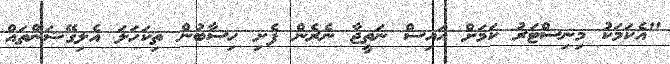
"އެކަމަކު މިނިސްޓަރު ކަމަށް އައިސް ނަތީޖާ ނެރެން ފެށި ހިސާބުން ތިކަހަލަ އެލިގޭޝަންތައް